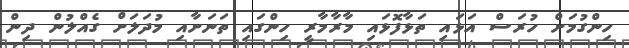
ހިންގުމަށް ހުރަސް އަޅައި ތަޅާފޮޅައި މާރާމާރީ ހިންގައި ތަނަށާއި މުދަލަށް ގެއްލުން ދިން